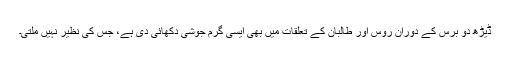
ڈیڑھ دو برس کے دوران روس اور طالبان کے تعلقات میں بھی ایسی گرم جوشی دکھائی دی ہے، جس کی نظیر نہیں ملتی۔